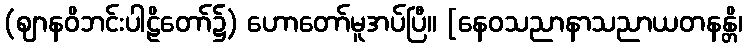
(ဈာနဝိဘင်းပါဠိတော်၌) ဟောတော်မူအပ်ပြီ။ [နေဝသညာနာသညာယတနန္တိ၊